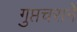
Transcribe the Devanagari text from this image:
गुप्तचराने